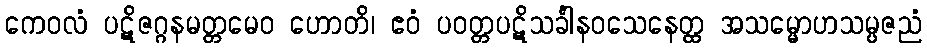
ကေဝလံ ပဋိဇဂ္ဂနမတ္တမေဝ ဟောတိ၊ ဧဝံ ပဝတ္တပဋိသင်္ခါနဝသေနေတ္ထ အသမ္မောဟသမ္ပဇညံ